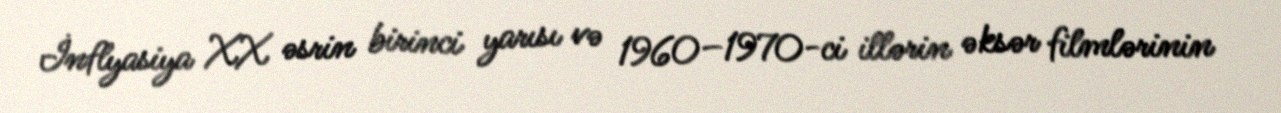
İnflyasiya XX əsrin birinci yarısı və 1960–1970-ci illərin əksər filmlərinin